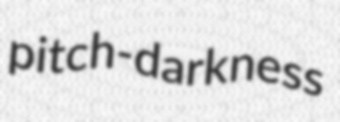
pitch-darkness